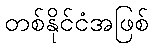
တစ်နိုင်ငံအဖြစ်